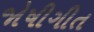
જોષીગીત